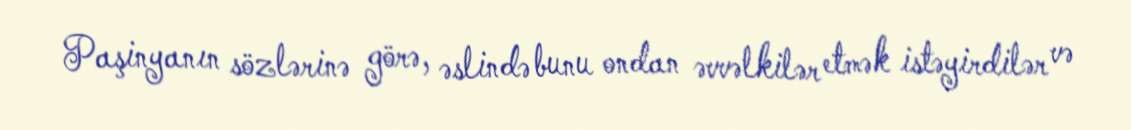
Paşinyanın sözlərinə görə, əslində bunu ondan əvvəlkilər etmək istəyirdilər və